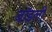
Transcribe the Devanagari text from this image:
जॉडली